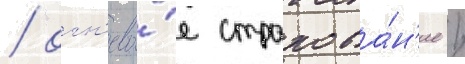
/ огн'ево́е страхова́н'ие /